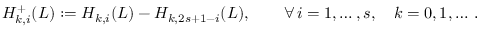
H _ { k , i } ^ { + } ( L ) : = H _ { k , i } ( L ) - H _ { k , 2 s + 1 - i } ( L ) , \qquad \forall \, i = 1 , \ldots , s , \quad k = 0 , 1 , \ldots \, .